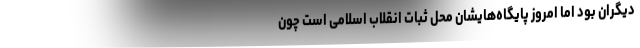
دیگران بود اما امروز پایگاه‌هایشان محل ثبات انقلاب اسلامی است چون